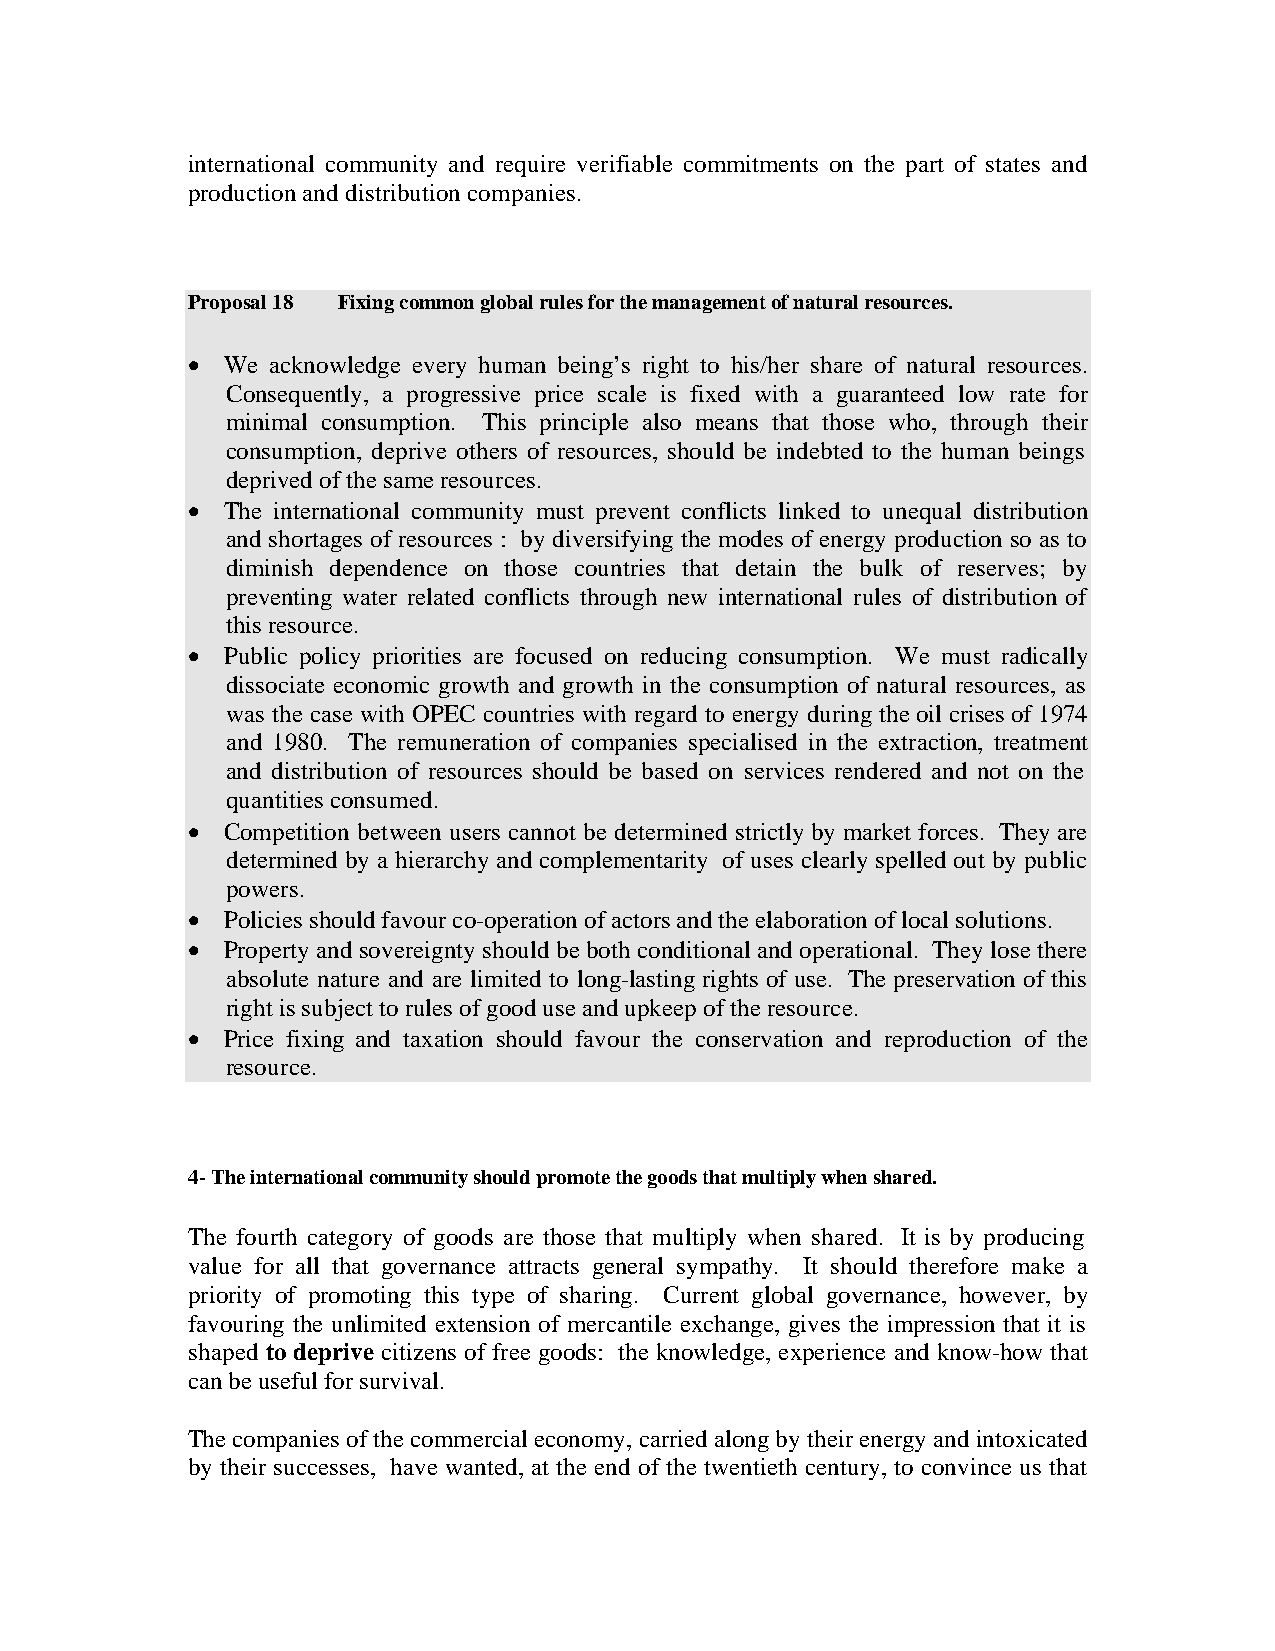
international community and require verifiable commitments on the part of states and
 production and distribution companies.
 Proposal 18 Fixing common global rules for the management of natural resources.
 •  We acknowledge every human being’s right to his/her share of natural resources.
 Consequently, a progressive price scale is fixed with a guaranteed low rate for
 minimal consumption. This principle also means that those who, through their
 consumption, deprive others of resources, should be indebted to the human beings
 deprived of the same resources.
 •  The international community must prevent conflicts linked to unequal distribution
 and shortages of resources : by diversifying the modes of energy production so as to
 diminish dependence on those countries that detain the bulk of reserves; by
 preventing water related conflicts through new international rules of distribution of
 this resource.
 •  Public policy priorities are focused on reducing consumption. We must radically
 dissociate economic growth and growth in the consumption of natural resources, as
 was the case with OPEC countries with regard to energy during the oil crises of 1974
 and 1980. The remuneration of companies specialised in the extraction, treatment
 and distribution of resources should be based on services rendered and not on the
 quantities consumed.
 •  Competition between users cannot be determined strictly by market forces. They are
 determined by a hierarchy and complementarity of uses clearly spelled out by public
 powers.
 •  Policies should favour co-operation of actors and the elaboration of local solutions.
 •  Property and sovereignty should be both conditional and operational. They lose there
 absolute nature and are limited to long-lasting rights of use. The preservation of this
 right is subject to rules of good use and upkeep of the resource.
 •  Price fixing and taxation should favour the conservation and reproduction of the
 resource.
 4- The international community should promote the goods that multiply when shared.
 The fourth category of goods are those that multiply when shared. It is by producing
 value for all that governance attracts general sympathy. It should therefore make a
 priority of promoting this type of sharing. Current global governance, however, by
 favouring the unlimited extension of mercantile exchange, gives the impression that it is
 shaped to deprive citizens of free goods: the knowledge, experience and know-how that
 can be useful for survival.
 The companies of the commercial economy, carried along by their energy and intoxicated
 by their successes, have wanted, at the end of the twentieth century, to convince us that